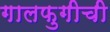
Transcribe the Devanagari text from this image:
गालफुगीची